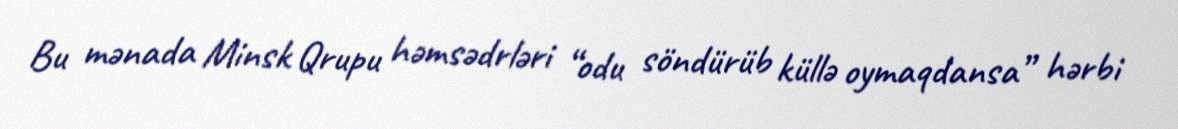
Bu mənada Minsk Qrupu həmsədrləri “odu söndürüb küllə oymaqdansa” hərbi